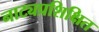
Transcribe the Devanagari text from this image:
नाट्यप्रशिक्षित